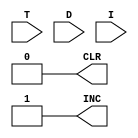
`timescale 1ns / 1ps
//////////////////////////////////////////////////////////////////////////////////
// Company: 
// Engineer: 
// 
// Design Name: 
// Module Name: SEQ_COUNTER_CLR
// Project Name: 
// Target Devices: 
// Tool Versions: 
// Description: 
// 
// Dependencies: 
// 
// Revision:
// Revision 0.01 - File Created
// Additional Comments:
// 
//////////////////////////////////////////////////////////////////////////////////


module SEQ_COUNTER_CLR(CLR, INC, T, D, I);

	input [7:0] T, D;
	input I;
	
	output CLR, INC;
	
	wire D43, D43T4, D7T3, D0125, D0125T5;
	wire ICOM = ~I;
	wire r = D[7] & ICOM & T[3];
	
	assign D43 = D[4] | D[3];
	assign D43T4 = D43 & T[4];
	assign D7T3 = D[7] & T[3];
	assign D0125 = D[2] | D[1] | D[0] | D[5];
	assign D0125T5 = D0125 & T[5];
	
//	assign CLR = D43 | D43T4 | D7T3 | D0125 | D0125T5 ;
	assign CLR = 0 ;

	assign INC = (~CLR);
	
endmodule